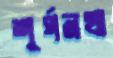
শূর্পনখা